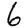
Digit: 6